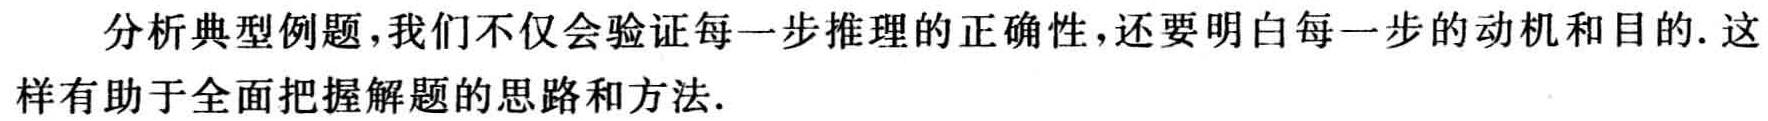
分析典型例题，我们不仅会验证每一步推理的正确性，还要明白每一步的动机和目的. 这样有助于全面把握解题的思路和方法.